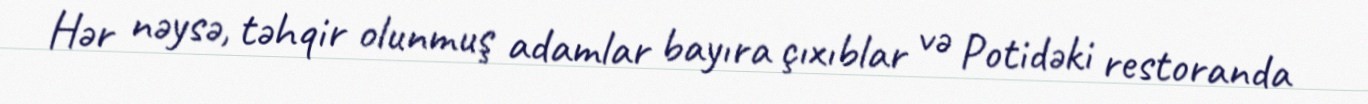
Hər nəysə, təhqir olunmuş adamlar bayıra çıxıblar və Potidəki restoranda